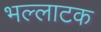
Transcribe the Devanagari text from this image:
भल्लाटक